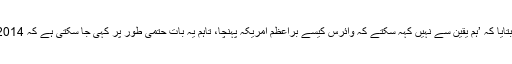
برطانیہ کی اوکسفرڈ یونیورسٹی کے پروفیسر آلیور پائبس نے بتایا کہ ’ہم یقین سے نہیں کہہ سکتے کہ وائرس کیسے براعظم امریکہ پہنچا، تاہم یہ بات حتمی طور پر کہی جا سکتی ہے کہ 2014ء کے فٹبال ورلڈ کپ سے قبل ہی وائرس وہاں میں موجود تھا۔